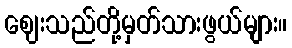
ဈေးသည်တို့မှတ်သားဖွယ်များ။